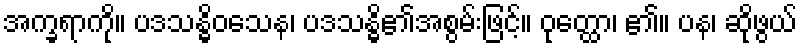
အက္ခရာကို။ ပဒသန္ဓိဝသေန၊ ပဒသန္ဓိ၏အစွမ်းဖြင့်။ ဝုတ္ထော၊ ၏။ ပန၊ ဆိုဖွယ်